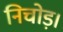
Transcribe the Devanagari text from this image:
निचोड़।